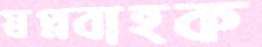
স্বপ্নবাহক